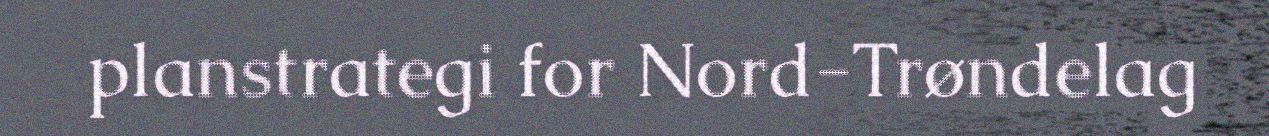
planstrategi for Nord-Trøndelag